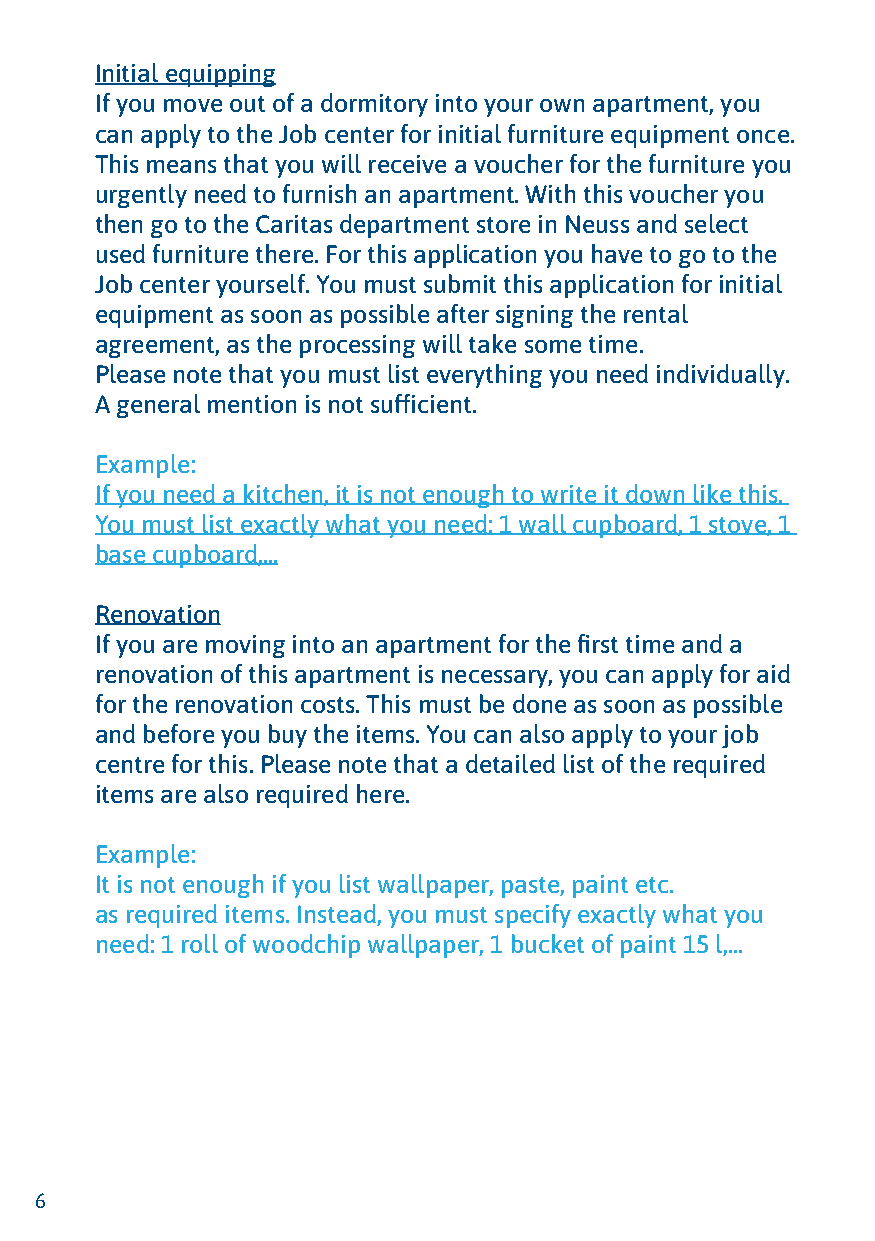
Initial equipping
 If you move out of a dormitory into your own apartment, you
 can apply to the Job center for initial furniture equipment once.
 This means that you will receive a voucher for the furniture you
 urgently need to furnish an apartment. With this voucher you
 then go to the Caritas department store in Neuss and select
 used furniture there. For this application you have to go to the
 Job center yourself. You must submit this application for initial
 equipment as soon as possible after signing the rental
 agreement, as the processing will take some time.
 Please note that you must list everything you need individually.
 A general mention is not sufficient.
 Example:
 If you need a kitchen, it is not enough to write it down like this.
 You must list exactly what you need: 1 wall cupboard, 1 stove, 1
 base cupboard,...
 Renovation
 If you are moving into an apartment for the first time and a
 renovation of this apartment is necessary, you can apply for aid
 for the renovation costs. This must be done as soon as possible
 and before you buy the items. You can also apply to your job
 centre for this. Please note that a detailed list of the required
 items are also required here.
 Example:
 It is not enough if you list wallpaper, paste, paint etc.
 as required items. Instead, you must specify exactly what you
 need: 1 roll of woodchip wallpaper, 1 bucket of paint 15 l,...
 6